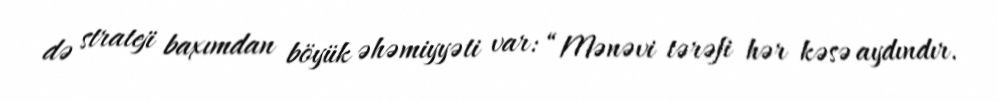
də strateji baxımdan böyük əhəmiyyəti var: “Mənəvi tərəfi hər kəsə aydındır.